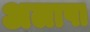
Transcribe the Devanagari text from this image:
अलापा